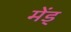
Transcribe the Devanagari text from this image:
मेंड्